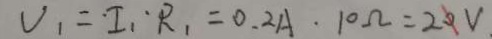
V _ { 1 } = I _ { 1 } \cdot R _ { 1 } = 0 . 2 A \cdot 1 0 \Omega = 2 0 V .